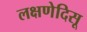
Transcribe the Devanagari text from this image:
लक्षणेदिसू